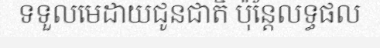
ទទួលមេដាយជូនជាតិ ប៉ុន្តែលទ្ធផល